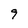
Character: 9